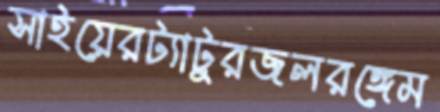
সাইয়েরট্যাটুরজলরঙ্গেম